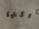
حركتها